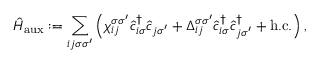
\hat { H } _ { \mathrm { a u x } } : = \sum _ { i j \sigma \sigma ^ { \prime } } \left( \chi _ { i j } ^ { \sigma \sigma ^ { \prime } } \hat { c } _ { i \sigma } ^ { \dagger } \hat { c } _ { j \sigma ^ { \prime } } + \Delta _ { i j } ^ { \sigma \sigma ^ { \prime } } \hat { c } _ { i \sigma } ^ { \dagger } \hat { c } _ { j \sigma ^ { \prime } } ^ { \dagger } + \mathrm { h . c . } \right) ,